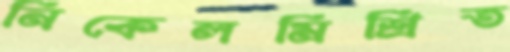
নিকেলমিশ্রিত